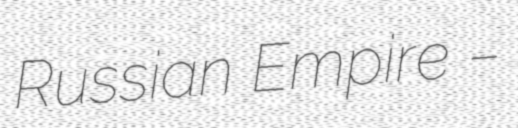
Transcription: Russian Empire –